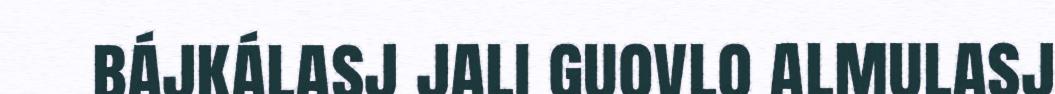
bájkálasj jali guovlo almulasj